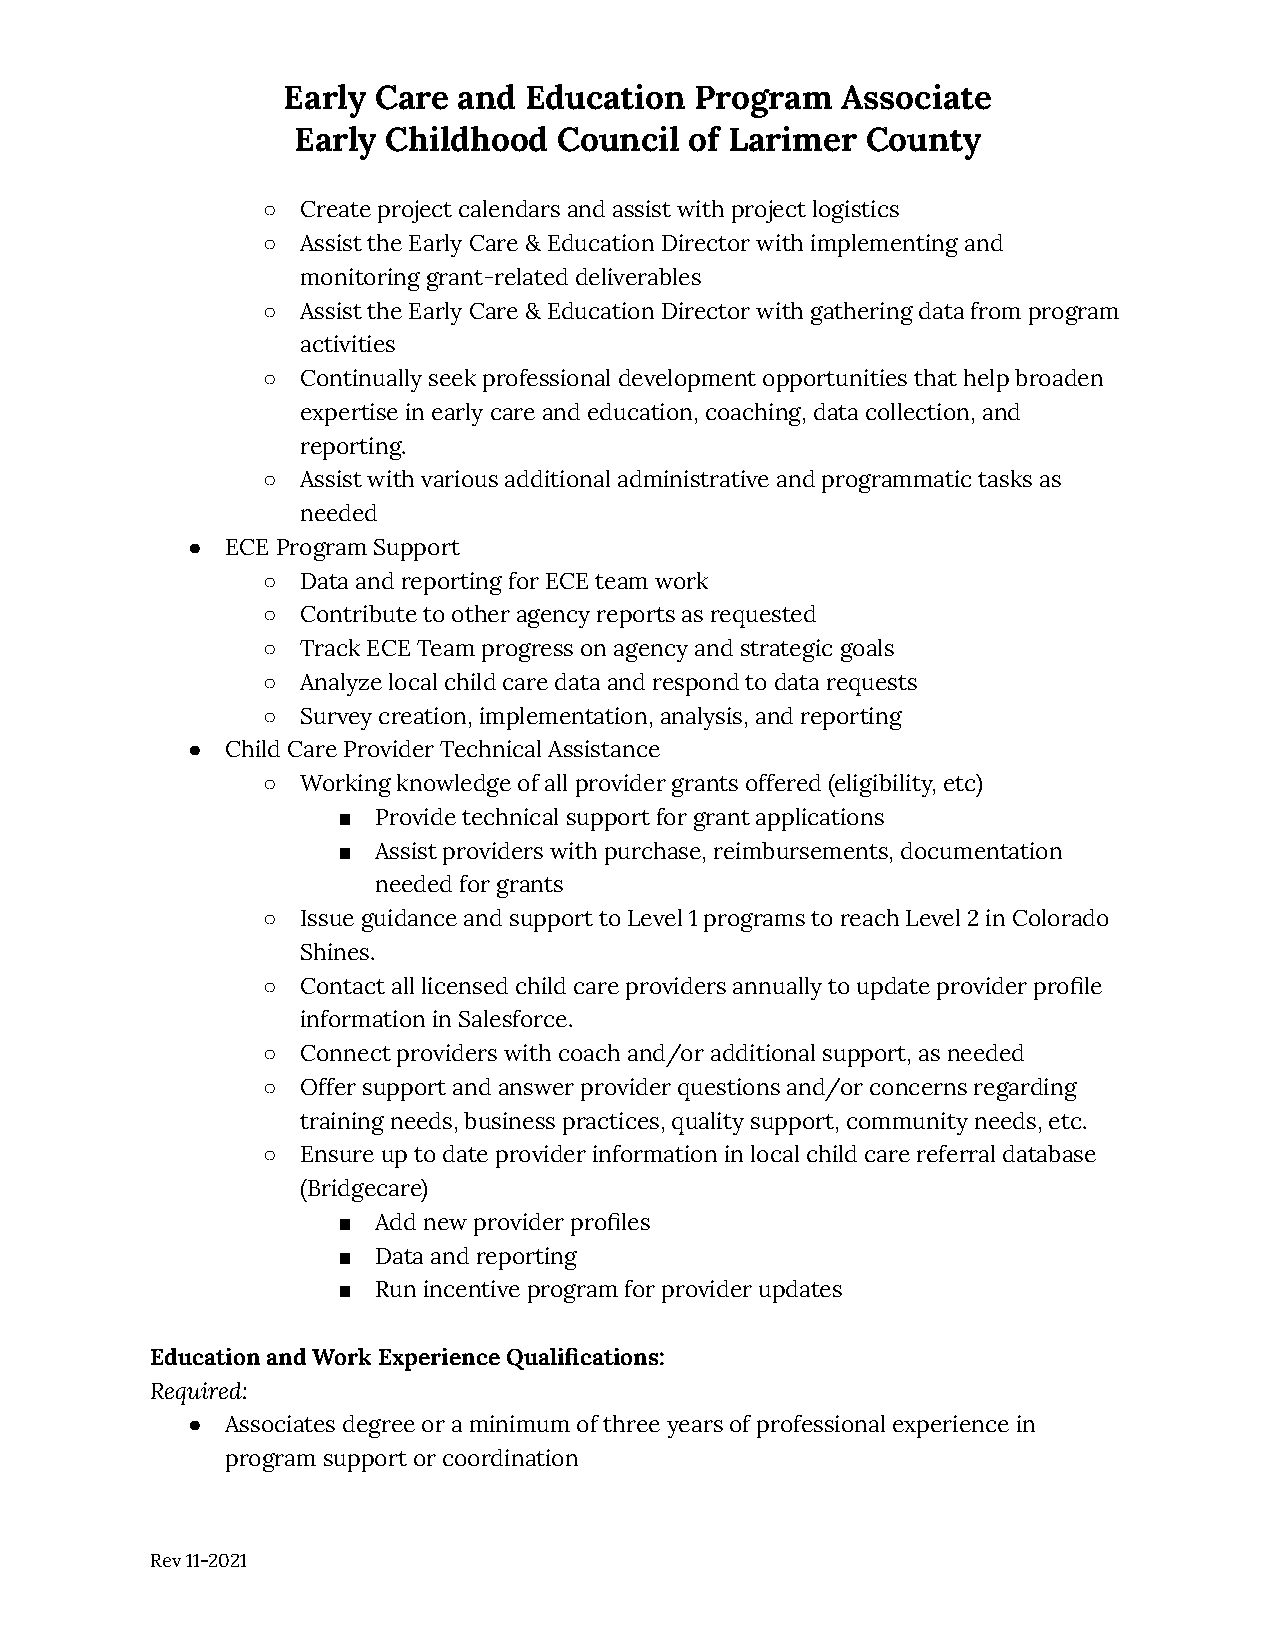
Early Care and  Education  Program   Associate
 Early  Childhood  Council  of Larimer County
 ○  Create project calendars and assist with project logistics
 ○  Assist the Early Care & Education Director with implementing and
 monitoring grant-related deliverables
 ○  Assist the Early Care & Education Director with gathering data from program
 activities
 ○  Continually seek professional development opportunities that help broaden
 expertise in early care and education, coaching, data collection, and
 reporting.
 ○  Assist with various additional administrative and programmatic tasks as
 needed
 ●  ECE Program Support
 ○  Data and reporting for ECE team work
 ○  Contribute to other agency reports as requested
 ○  Track ECE Team progress on agency and strategic goals
 ○  Analyze local child care data and respond to data requests
 ○  Survey creation, implementation, analysis, and reporting
 ●  Child Care Provider Technical Assistance
 ○  Working knowledge of all provider grants offered (eligibility, etc)
 ■  Provide technical support for grant applications
 ■  Assist providers with purchase, reimbursements, documentation
 needed for grants
 ○  Issue guidance and support to Level 1 programs to reach Level 2 in Colorado
 Shines.
 ○  Contact all licensed child care providers annually to update provider profile
 information in Salesforce.
 ○  Connect providers with coach and/or additional support, as needed
 ○  Offer support and answer provider questions and/or concerns regarding
 training needs, business practices, quality support, community needs, etc.
 ○  Ensure up to date provider information in local child care referral database
 (Bridgecare)
 ■  Add new provider profiles
 ■  Data and reporting
 ■  Run incentive program for provider updates
 Education and Work Experience Qualifications:
 Required:
 ●  Associates degree or a minimum of three years of professional experience in
 program support or coordination
 Rev 11-2021